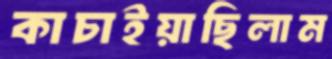
কাচাইয়াছিলাম